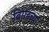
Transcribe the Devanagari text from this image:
ब्रिगेडच्या